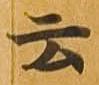
云